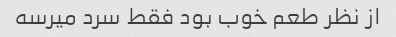
از نظر طعم خوب بود فقط سرد میرسه